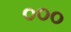
૦૦૦